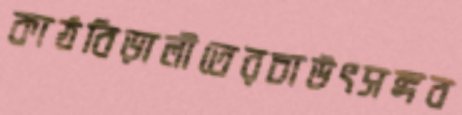
কাঠবিড়ালীতেরচাউৎসঙ্গব